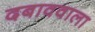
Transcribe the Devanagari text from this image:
दबाववाला